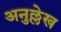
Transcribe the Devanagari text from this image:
अनुल्लेख